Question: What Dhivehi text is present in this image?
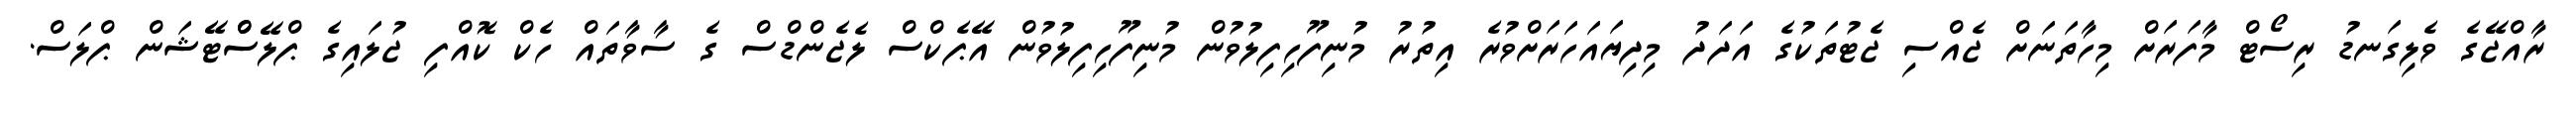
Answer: ރާއްޖޭގެ ވެލިގަނޑު ރިސޯޓް މާފަރަށް މިހާތަނަށް ޖެއްސި ޖެޓުތަކުގެ އަދަދު މިދިޔައަހަރަށްވުރެ އިތުރު މުނިފޫހިފިލުވުން މުނިފޫހިފިލުވުން އޭޕެކްސް ލެޖެންޑްސް ގެ ސާވާތައް ހެކް ކޮއްފި ޖުލައިގެ ޕްލޭސްްޓޭޝަން ޕްލަސް.